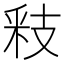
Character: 𮡏